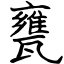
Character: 甕